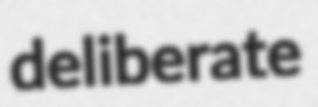
deliberate